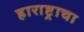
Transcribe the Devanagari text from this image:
हाराष्ट्राचा